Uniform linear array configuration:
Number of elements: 12
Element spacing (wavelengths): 0.5
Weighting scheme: exponential
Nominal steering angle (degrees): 15
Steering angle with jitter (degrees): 15.057
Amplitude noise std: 0.05
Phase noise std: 0.05

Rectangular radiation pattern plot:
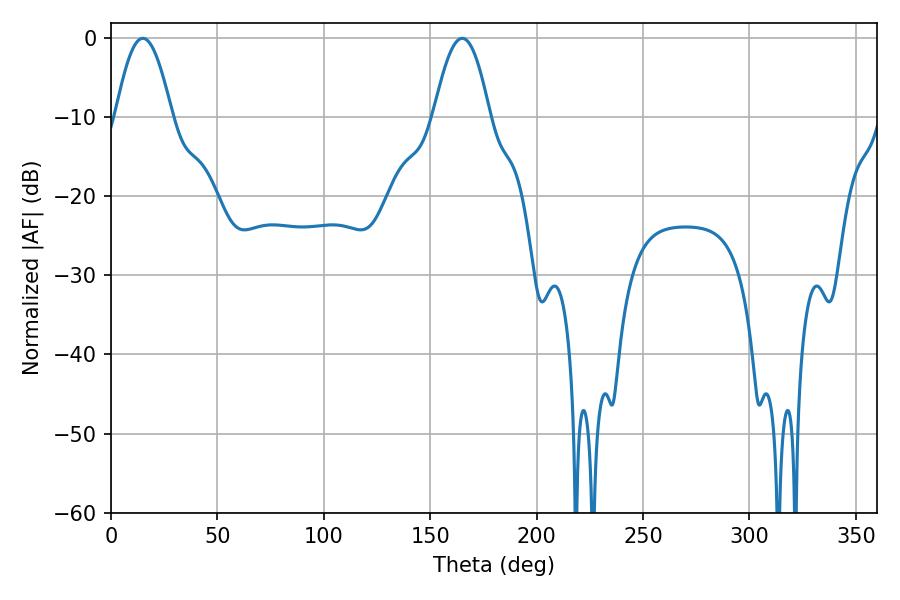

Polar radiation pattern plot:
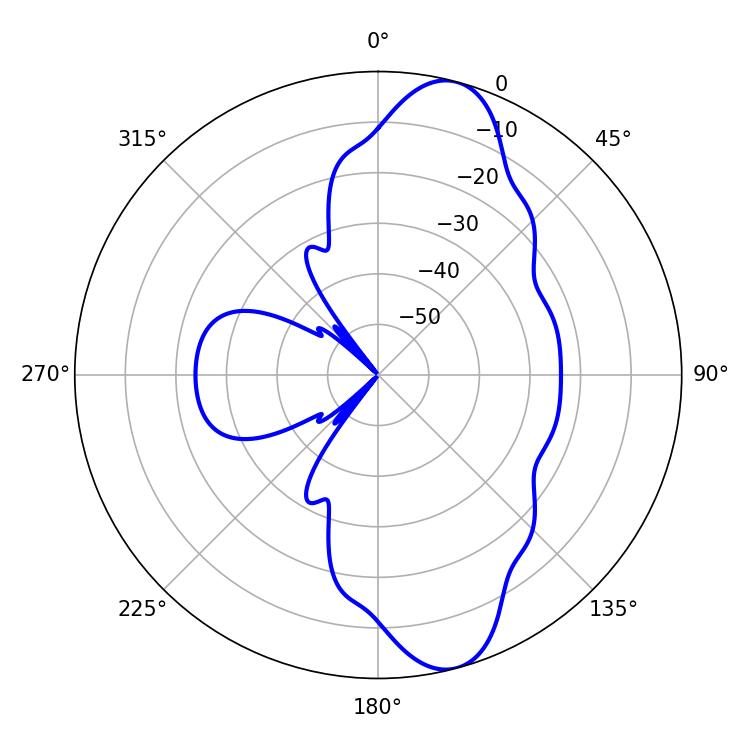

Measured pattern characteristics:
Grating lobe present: FALSE
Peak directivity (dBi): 11.081
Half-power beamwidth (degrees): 14.4
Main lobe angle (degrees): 14.94